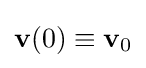
\mathbf {v} (0)\equiv \mathbf {v} _{0}